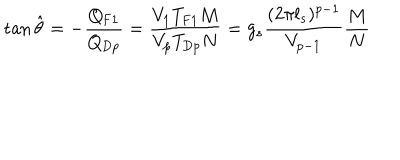
LaTeX: \tan \hat { \theta } = - \frac { Q _ { \mathrm { F 1 } } } { Q _ { \mathrm { D } p } } = \frac { V _ { 1 } T _ { \mathrm { F 1 } } M } { V _ { p } T _ { \mathrm { D } p } N } = g _ { s } \frac { ( 2 \pi l _ { s } ) ^ { p - 1 } } { V _ { p - 1 } } \frac { M } { N }